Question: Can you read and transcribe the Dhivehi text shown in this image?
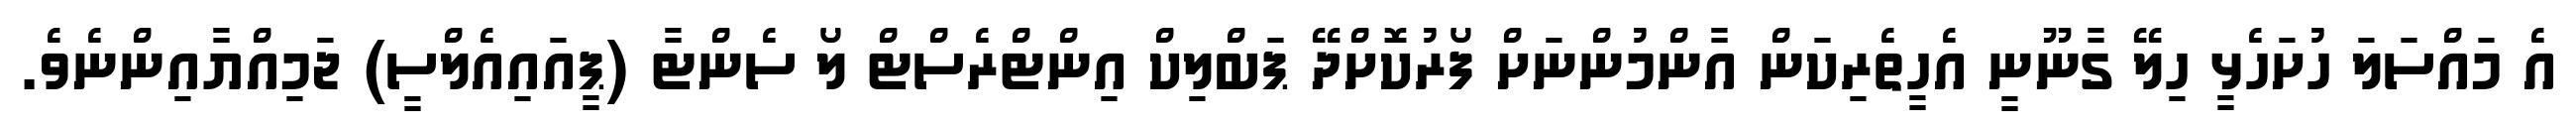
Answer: އެ މައްސަލަ ހުށަހެޅީ ހިލޭ ގާނޫނީ އެހީތެރިކަން އާންމުންނަށް ފޯރުކޮށްދޭ ޕަބްލިކް އިންޓްރެސްޓް ލޯ ސެންޓާ (ޕީއައިއެލްސީ) ޖަމިއްޔާއިންނެވެ.